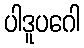
ပါဒူပဂေါ